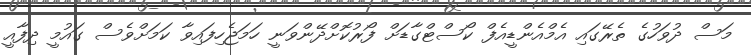
މަސް ދުވަހުގެ ތެރޭގައި އެމްއެންޑީއެފް ކޯސްޓްގާޑަށް ފޯރުކޮށްދޭންވަނީ ހަމަޖެހިފައިވާ ކަމަށްވެސް ގައުމީ ދިފާއީ